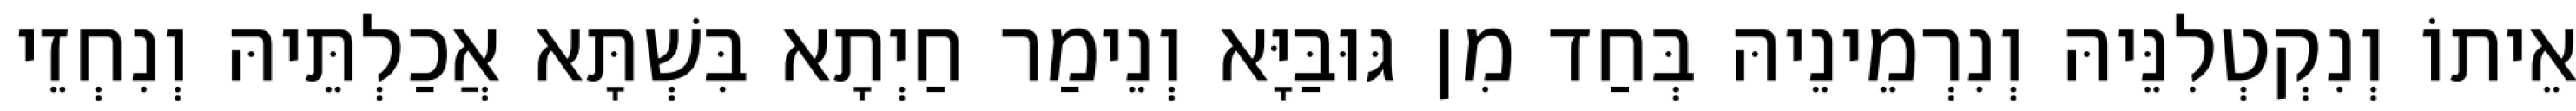
אֵיתוֹ וְנִקְטְלִנֵּיהּ וְנִרְמֵינֵיהּ בְּחַד מִן גּוּבַּיָּא וְנֵימַר חַיְתָא בִּשְׁתָּא אֲכַלְתֵּיהּ וְנִחְזֵי